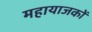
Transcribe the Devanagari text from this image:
महायाजकों